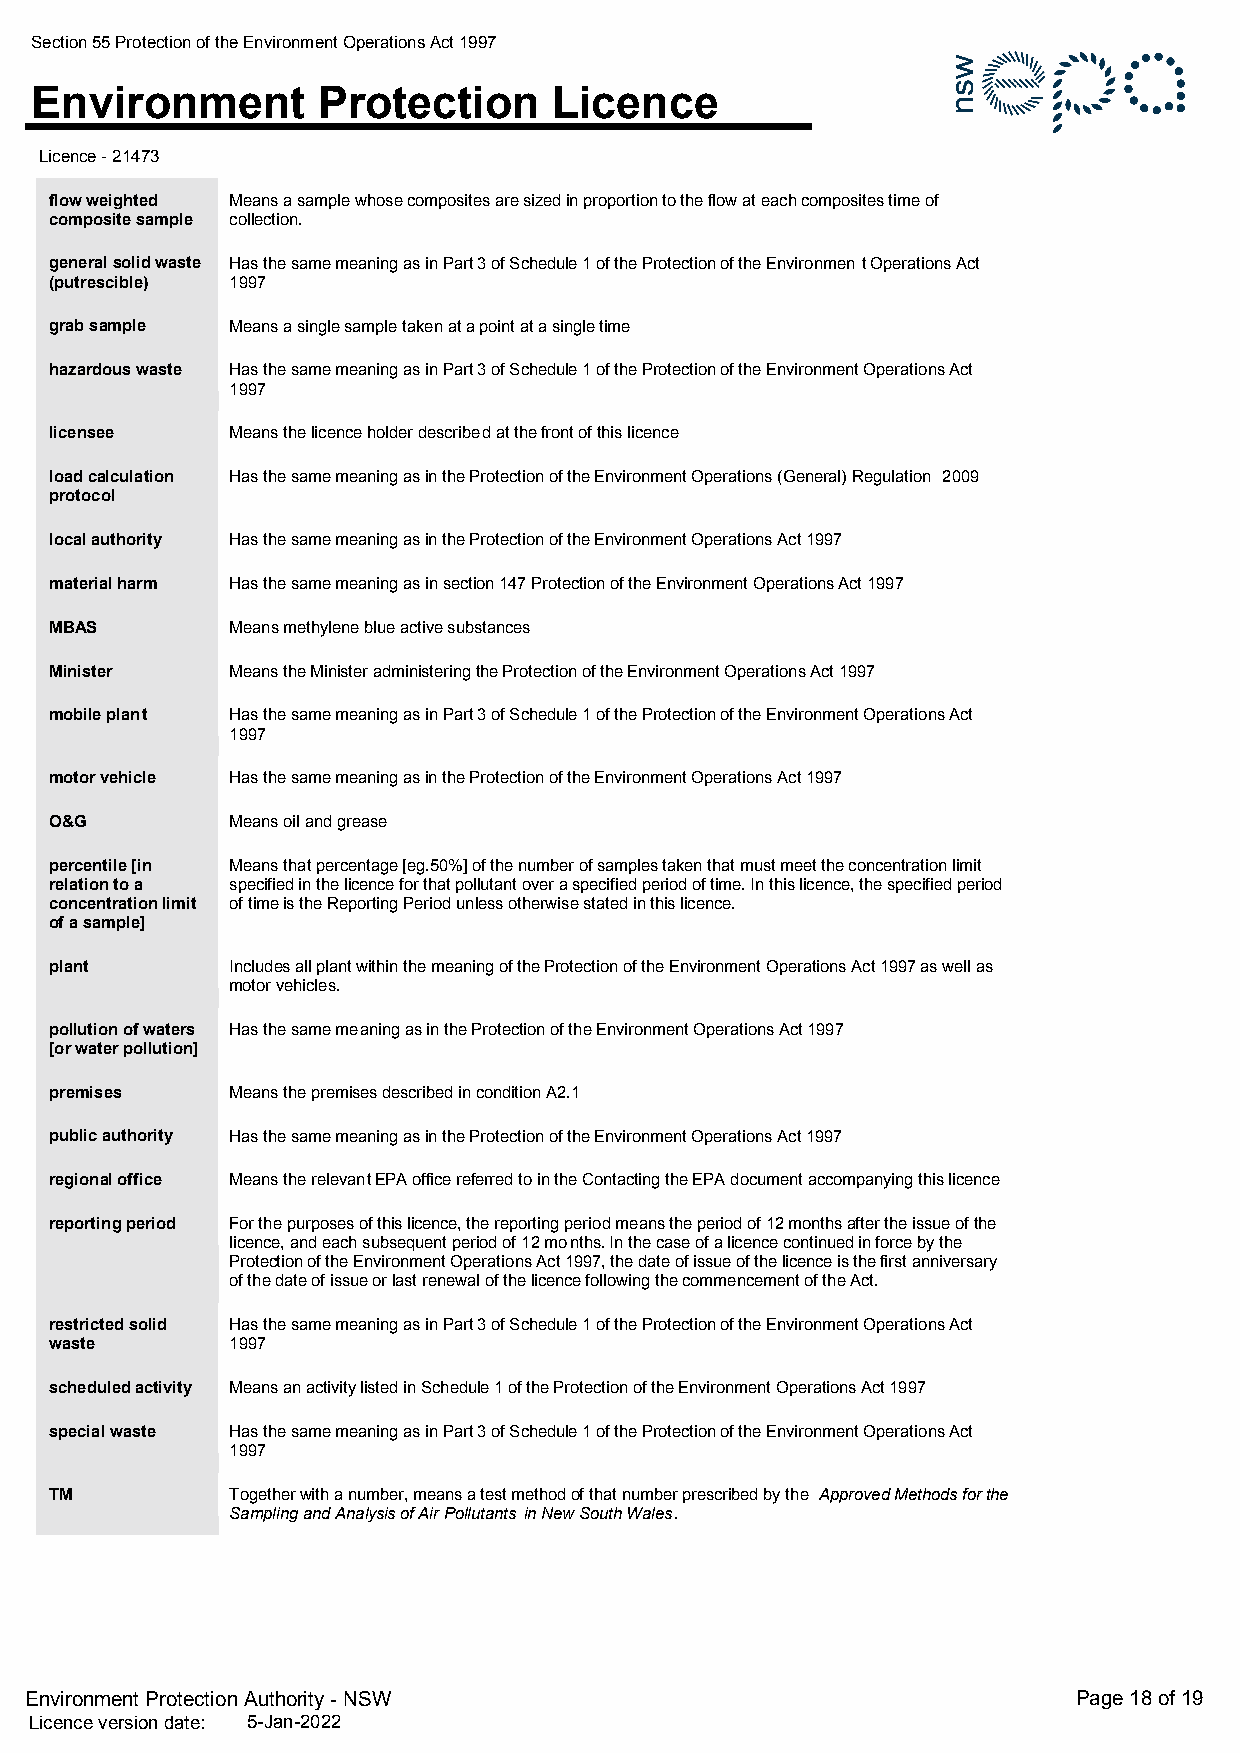
Section 55 Protection of the Environment Operations Act 1997
 Environment        Protection      Licence
 Licence - 21473
 flow weighted Means a sample whose composites are sized in proportion to the flow at each composites time of
 composite sample collection.
 general solid waste Has the same meaning as in Part 3 of Schedule 1 of the Protection of the Environmen t Operations Act
 (putrescible) 1997
 grab sample Means a single sample taken at a point at a single time
 hazardous waste Has the same meaning as in Part 3 of Schedule 1 of the Protection of the Environment Operations Act
 1997
 licensee    Means the licence holder described at the front of this licence
 load calculation Has the same meaning as in the Protection of the Environment Operations (General) Regulation 2009
 protocol
 local authority Has the same meaning as in the Protection of the Environment Operations Act 1997
 material harm Has the same meaning as in section 147 Protection of the Environment Operations Act 1997
 MBAS        Means methylene blue active substances
 Minister    Means the Minister administering the Protection of the Environment Operations Act 1997
 mobile plant Has the same meaning as in Part 3 of Schedule 1 of the Protection of the Environment Operations Act
 1997
 motor vehicle Has the same meaning as in the Protection of the Environment Operations Act 1997
 O&G         Means oil and grease
 percentile [in Means that percentage [eg.50%] of the number of samples taken that must meet the concentration limit
 relation to a specified in the licence for that pollutant over a specified period of time. In this licence, the specified period
 concentration limit of time is the Reporting Period unless otherwise stated in this licence.
 of a sample]
 plant       Includes all plant within the meaning of the Protection of the Environment Operations Act 1997 as well as
 motor vehicles.
 pollution of waters Has the same meaning as in the Protection of the Environment Operations Act 1997
 [or water pollution]
 premises    Means the premises described in condition A2.1
 public authority Has the same meaning as in the Protection of the Environment Operations Act 1997
 regional office Means the relevant EPA office referred to in the Contacting the EPA document accompanying this licence
 reporting period For the purposes of this licence, the reporting period means the period of 12 months after the issue of the
 licence, and each subsequent period of 12 months. In the case of a licence continued in force by the
 Protection of the Environment Operations Act 1997, the date of issue of the licence is the first anniversary
 of the date of issue or last renewal of the licence following the commencement of the Act.
 restricted solid Has the same meaning as in Part 3 of Schedule 1 of the Protection of the Environment Operations Act
 waste       1997
 scheduled activity Means an activity listed in Schedule 1 of the Protection of the Environment Operations Act 1997
 special waste Has the same meaning as in Part 3 of Schedule 1 of the Protection of the Environment Operations Act
 1997
 TM          Together with a number, means a test method of that number prescribed by the Approved Methods for the
 Sampling and Analysis of Air Pollutants in New South Wales.
 Environment Protection Authority - NSW                               Page 18 of 19
 Licence version date: 5-Jan-2022